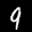
Label: 9